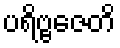
ပရိဗ္ဗဇေတိ